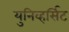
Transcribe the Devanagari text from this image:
युनिव्हर्सिट